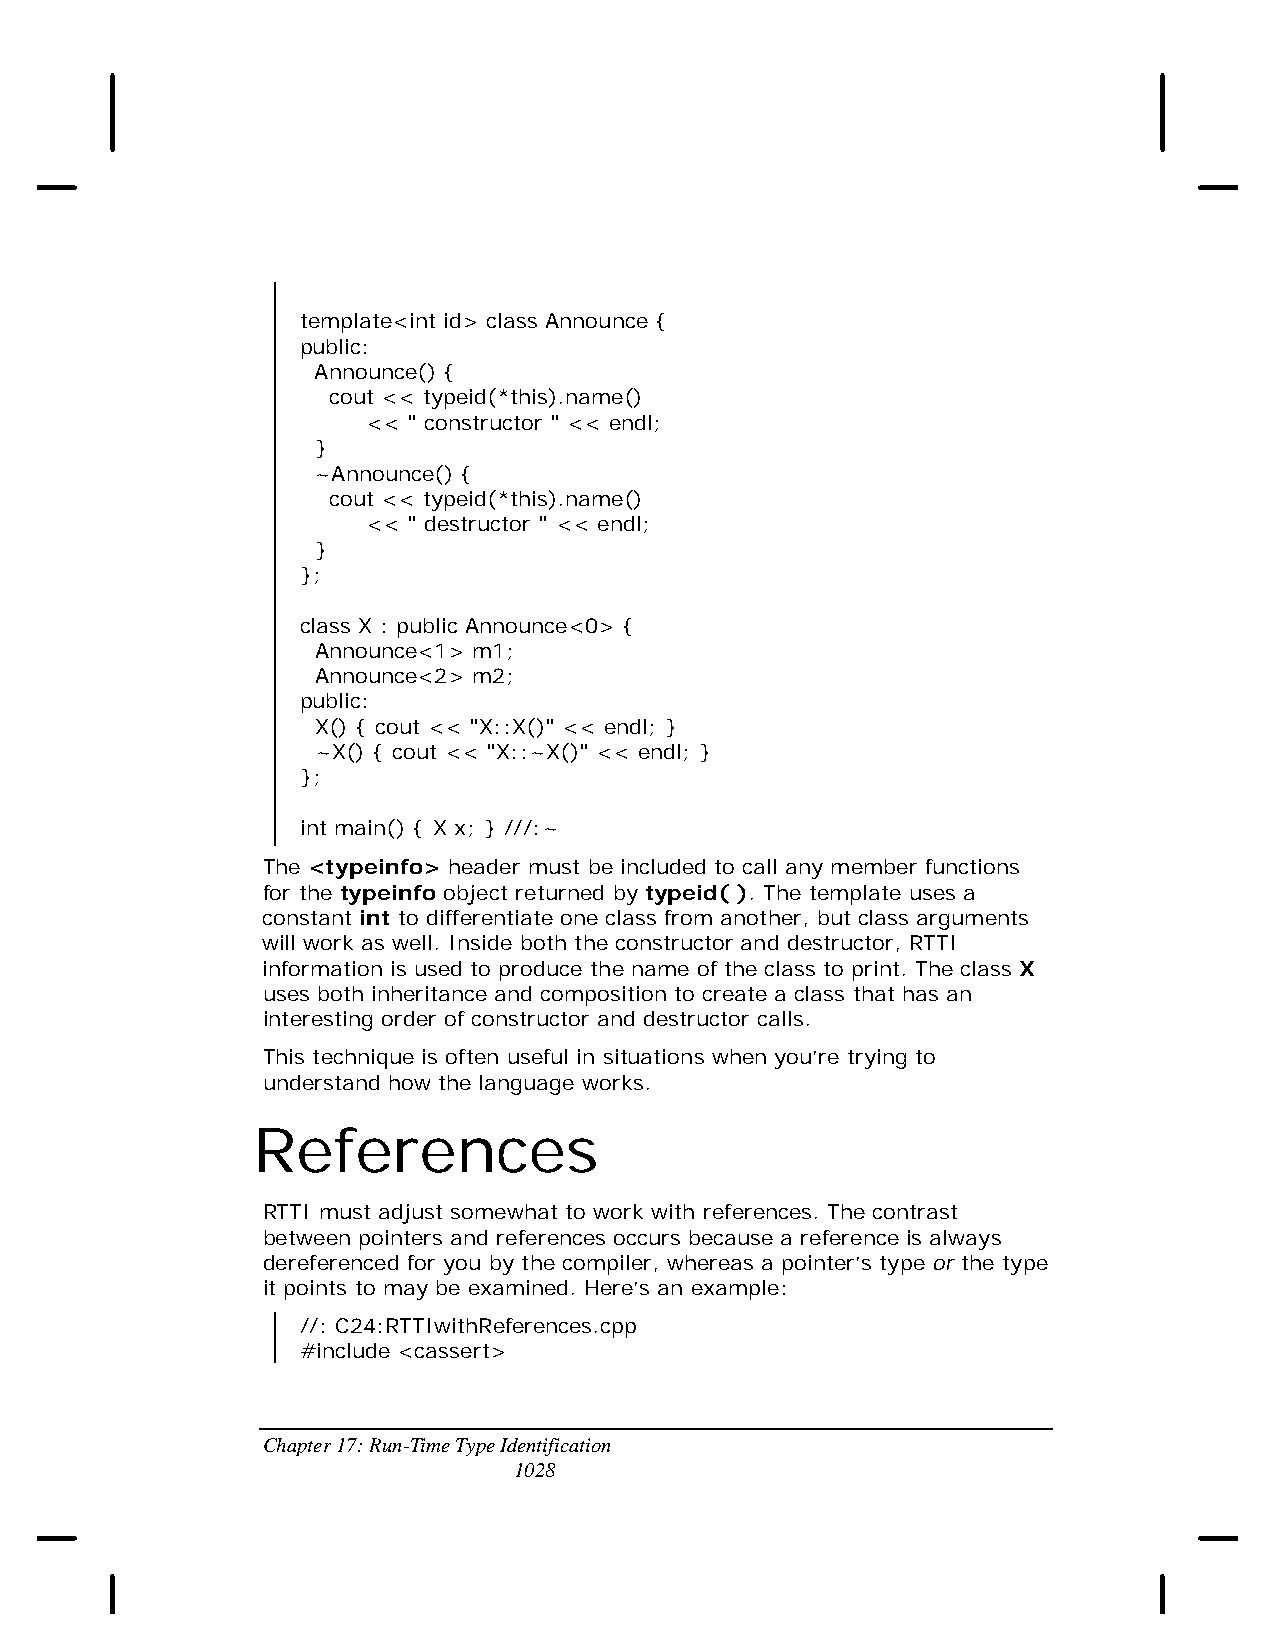
template<int id> class Announce {
 public:
 Announce() {
 cout << typeid(*this).name()
 << " constructor " << endl;
 }
 ~Announce() {
 cout << typeid(*this).name()
 << " destructor " << endl;
 }
 };
 class X : public Announce<0> {
 Announce<1> m1;
 Announce<2> m2;
 public:
 X() { cout << "X::X()" << endl; }
 ~X() { cout << "X::~X()" << endl; }
 };
 int main() { X x; } ///:~
 The <typeinfo> header must be included to call any member functions
 for the typeinfo object returned by typeid( ). The template uses a
 constant int to differentiate one class from another, but class arguments
 will work as well. Inside both the constructor and destructor, RTTI
 information is used to produce the name of the class to print. The class X
 uses both inheritance and composition to create a class that has an
 interesting order of constructor and destructor calls.
 This technique is often useful in situations when you’re trying to
 understand how the language works.
 References
 RTTI must adjust somewhat to work with references. The contrast
 between pointers and references occurs because a reference is always
 dereferenced for you by the compiler, whereas a pointer’s type or the type
 it points to may be examined. Here’s an example:
 //: C24:RTTIwithReferences.cpp
 #include <cassert>
 Chapter 17: Run-Time Type Identification
 1028